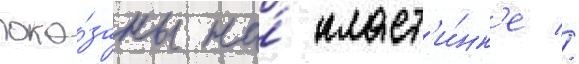
пока́заны на́ пласт'и́нк'е //